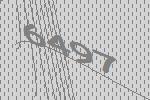
6497